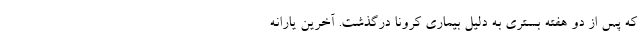
که پس از دو هفته بستری به دلیل بیماری کرونا درگذشت. آخرین یارانه